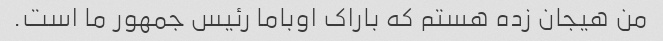
من هیجان زده هستم که باراک اوباما رئیس جمهور ما است.